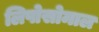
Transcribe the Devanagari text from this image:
लिपोसोमाल